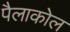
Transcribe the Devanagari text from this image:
पैलाकोल